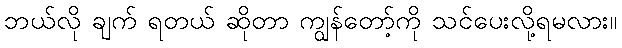
ဘယ်လို ချက် ရတယ် ဆိုတာ ကျွန်တော့်ကို သင်ပေးလို့ရမလား။